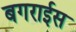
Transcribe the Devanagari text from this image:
बगराईस